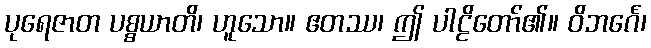
ပုရေဇာတ ပစ္စယာတိ၊ ဟူသော။ ဧတဿ၊ ဤ ပါဠိတော်၏။ ဝိဘင်္ဂေ၊